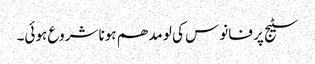
سٹیج پر فانوس کی لو مدھم ہونا شروع ہوئی۔